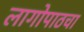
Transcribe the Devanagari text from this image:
लागोपाठचा